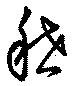
稽